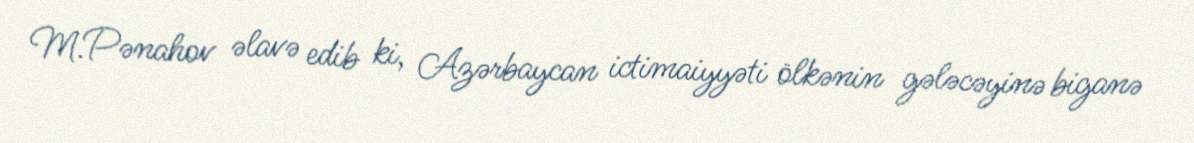
M.Pənahov əlavə edib ki, Azərbaycan ictimaiyyəti ölkənin gələcəyinə biganə